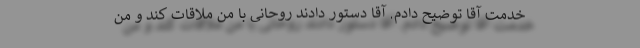
خدمت آقا توضیح دادم. آقا دستور دادند روحانی با من ملاقات کند و من